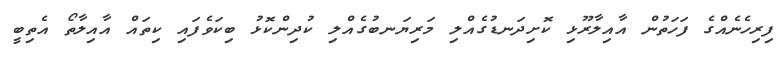
ފިރިހެނެއްގެ ފަހަތުން އާއިލާރޫޅި ކޮށިދަނޑުގެއްލި މަރިޔަނބުގެއްލި ކުދިންކޮޅު ބިކަވެފައި ކިތައް އާއިލާތޯ އެތިބީ